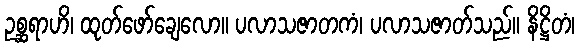
ဥစ္ဆရာဟိ၊ ထုတ်ဖော်ချေလော။ ပလာသဇာတကံ၊ ပလာသဇာတ်သည်။ နိဋ္ဌိတံ၊